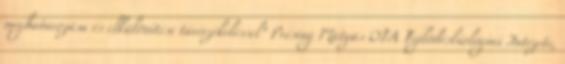
meghatározása és elkülönítése távérzékeléssel” Présing Mátyás OTA Fejlődésbiológiai Intézete,